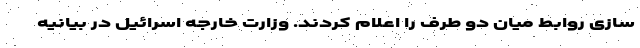
سازی روابط میان دو طرف را اعلام کردند. وزارت خارجه اسرائیل در بیانیه